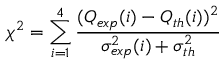
\chi ^ { 2 } = \sum _ { i = 1 } ^ { 4 } \frac { ( Q _ { e x p } ( i ) - Q _ { t h } ( i ) ) ^ { 2 } } { \sigma _ { e x p } ^ { 2 } ( i ) + \sigma _ { t h } ^ { 2 } }